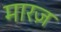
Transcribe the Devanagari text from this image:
मारज़